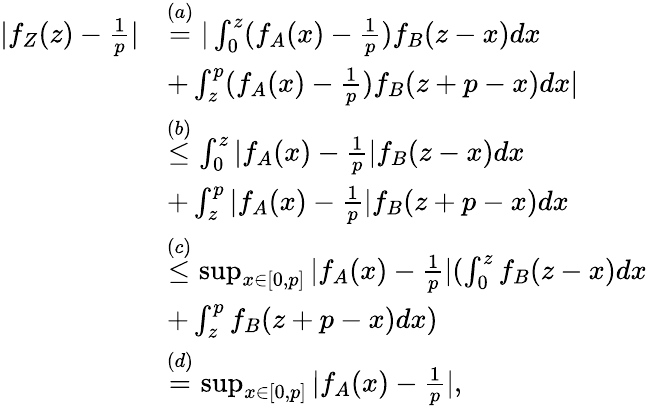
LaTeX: \begin{array}{rl}{|f_{Z}(z)-\frac{1}{p}|}&{\overset{(a)}=|\int_{0}^{z}(f_{A}(x)-\frac{1}{p})f_{B}(z-x)dx}\\ &{+\int_{z}^{p}(f_{A}(x)-\frac{1}{p})f_{B}(z+p-x)dx|}\\ &{\overset{(b)}{\leq}\int_{0}^{z}|f_{A}(x)-\frac{1}{p}|f_{B}(z-x)dx}\\ &{+\int_{z}^{p}|f_{A}(x)-\frac{1}{p}|f_{B}(z+p-x)dx}\\ &{\overset{(c)}\leq\operatorname*{sup}_{x\in[0,p]}|f_{A}(x)-\frac{1}{p}|(\int_{0}^{z}f_{B}(z-x)dx}\\ &{+\int_{z}^{p}f_{B}(z+p-x)dx)}\\ &{\overset{(d)}=\operatorname*{sup}_{x\in[0,p]}|f_{A}(x)-\frac{1}{p}|,}\end{array}